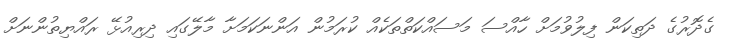
ގެދޮރުގެ ދަތިކަން ފިލުވުމަށް ހާއްސަ މަސައްކަތްތަކެއް ކުރަމުން އަންނަކަމަށާ މާލޭގައި ދިރިއުޅޭ ރައްޔިތުންނަށް